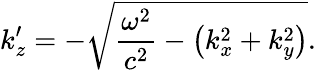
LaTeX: k_{z}^{\prime}=-{\sqrt{{\frac{\omega^{2}}{c^{2}}}-\left(k_{x}^{2}+k_{y}^{2}\right)}}.